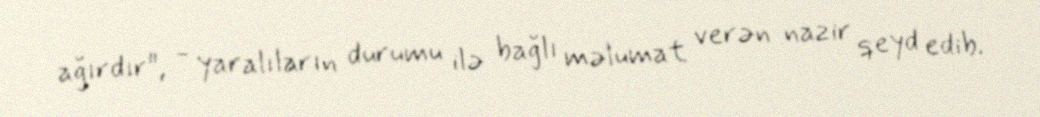
ağırdır", - yaralıların durumu ilə bağlı məlumat verən nazir qeyd edib.